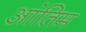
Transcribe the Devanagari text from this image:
आंतिम